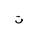
Letter: _ta